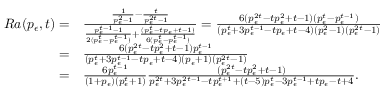
\begin{array} { r l } { R a ( p _ { \epsilon } , t ) = } & { \frac { \frac { 1 } { p _ { \epsilon } ^ { 2 } - 1 } - \frac { t } { p _ { \epsilon } ^ { 2 t } - 1 } } { \frac { p _ { \epsilon } ^ { t - 1 } - 1 } { 2 ( p _ { \epsilon } ^ { t } - p _ { \epsilon } ^ { t - 1 } ) } + \frac { ( p _ { \epsilon } ^ { t } - t p _ { \epsilon } + t - 1 ) } { 6 ( p _ { \epsilon } ^ { t } - p _ { \epsilon } ^ { t - 1 } ) } } = \frac { 6 ( p _ { \epsilon } ^ { 2 t } - t p _ { \epsilon } ^ { 2 } + t - 1 ) ( p _ { \epsilon } ^ { t } - p _ { \epsilon } ^ { t - 1 } ) } { ( p _ { \epsilon } ^ { t } + 3 p _ { \epsilon } ^ { t - 1 } - t p _ { \epsilon } + t - 4 ) ( p _ { \epsilon } ^ { 2 } - 1 ) ( p _ { \epsilon } ^ { 2 t } - 1 ) } } \\ { = } & { \frac { 6 ( p _ { \epsilon } ^ { 2 t } - t p _ { \epsilon } ^ { 2 } + t - 1 ) p _ { \epsilon } ^ { t - 1 } } { ( p _ { \epsilon } ^ { t } + 3 p _ { \epsilon } ^ { t - 1 } - t p _ { \epsilon } + t - 4 ) ( p _ { \epsilon } + 1 ) ( p _ { \epsilon } ^ { 2 t } - 1 ) } } \\ { = } & { \frac { 6 p _ { \epsilon } ^ { t - 1 } } { ( 1 + p _ { \epsilon } ) ( p _ { \epsilon } ^ { t } + 1 ) } \frac { ( p _ { \epsilon } ^ { 2 t } - t p _ { \epsilon } ^ { 2 } + t - 1 ) } { p _ { \epsilon } ^ { 2 t } + 3 p _ { \epsilon } ^ { 2 t - 1 } - t p _ { \epsilon } ^ { t + 1 } + ( t - 5 ) p _ { \epsilon } ^ { t } - 3 p _ { \epsilon } ^ { t - 1 } + t p _ { \epsilon } - t + 4 } . } \end{array}